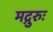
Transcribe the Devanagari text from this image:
मद्गुरुः